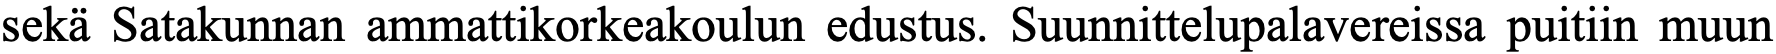
sekä Satakunnan ammattikorkeakoulun edustus. Suunnittelupalavereissa puitiin muun